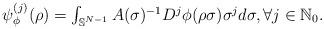
LaTeX: \begin{align*}\left. \begin{array}{c}\psi _{\phi }^{(j)}(\rho )=\int_{\Bbb{S}^{N-1}}A(\sigma )^{-1}D^{j}\phi(\rho \sigma )\sigma ^{j}d\sigma ,\forall j\in \Bbb{N}_{0}.\end{array}\right. \end{align*}